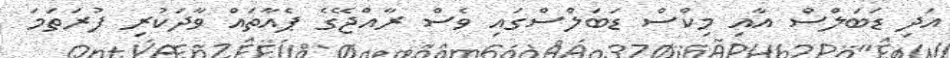
އަދި ޑަބަލްސް އާއި މިކްސް ޑަބަލްސްގައި ވެސް ރާއްޖޭގެ ޕެއާތައް ވާދަކުރި ފުރަތަމަ